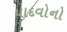
યાદવોનો